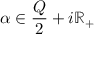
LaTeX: \alpha \in { \frac { Q } { 2 } } + i \mathbb { R } _ { + }